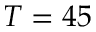
T = 4 5